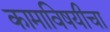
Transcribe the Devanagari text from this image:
कामाविषयीचा